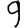
Digit: 9